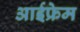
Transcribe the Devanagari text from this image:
आईफ्रेम